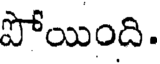
పోయింది.